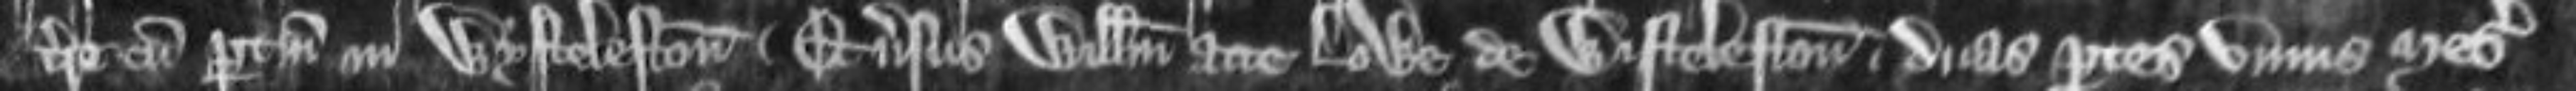
terre cum pertinenciis in Wysteleston et versus Willelmum atte Lowe de Wistelston duas partes unius mesuagii et